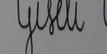
Signature authenticity: forged